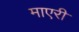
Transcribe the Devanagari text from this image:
माएरी